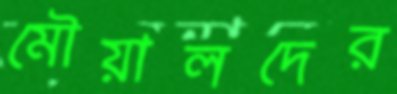
মৌয়ালদের